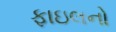
ફાઇલનો